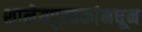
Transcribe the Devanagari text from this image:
शालेयपुस्तकांमधून